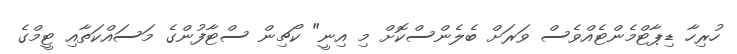
ހުރިހާ ޑިޕާޓްމެންޓެއްވެސް ވަރަށް ބެލެންސްކޮށް މި އިނީ" ކޯޗިން ސްޓާފުންގެ މަސައްކަތާއި ޓީމްގެ